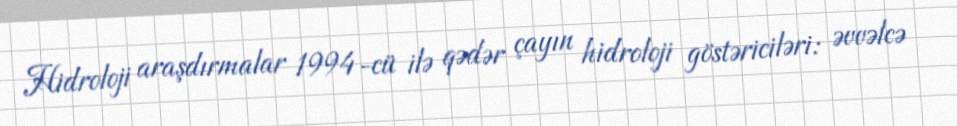
Hidroloji araşdırmalar 1994-cü ilə qədər çayın hidroloji göstəriciləri: əvvəlcə